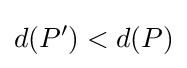
d(P')<d(P)